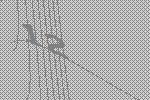
12